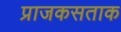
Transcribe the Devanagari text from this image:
प्राजकसताक